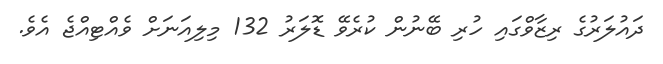
ދައުލަރުގެ ރިޒާވްގައި ހުރި ބޭނުން ކުރެވޭ ޑޮލަރު 132 މިލިއަނަށް ވެއްޓިއްޖެ އެވެ.